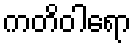
ကတိဝါရော